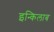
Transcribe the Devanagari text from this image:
इन्किलाब